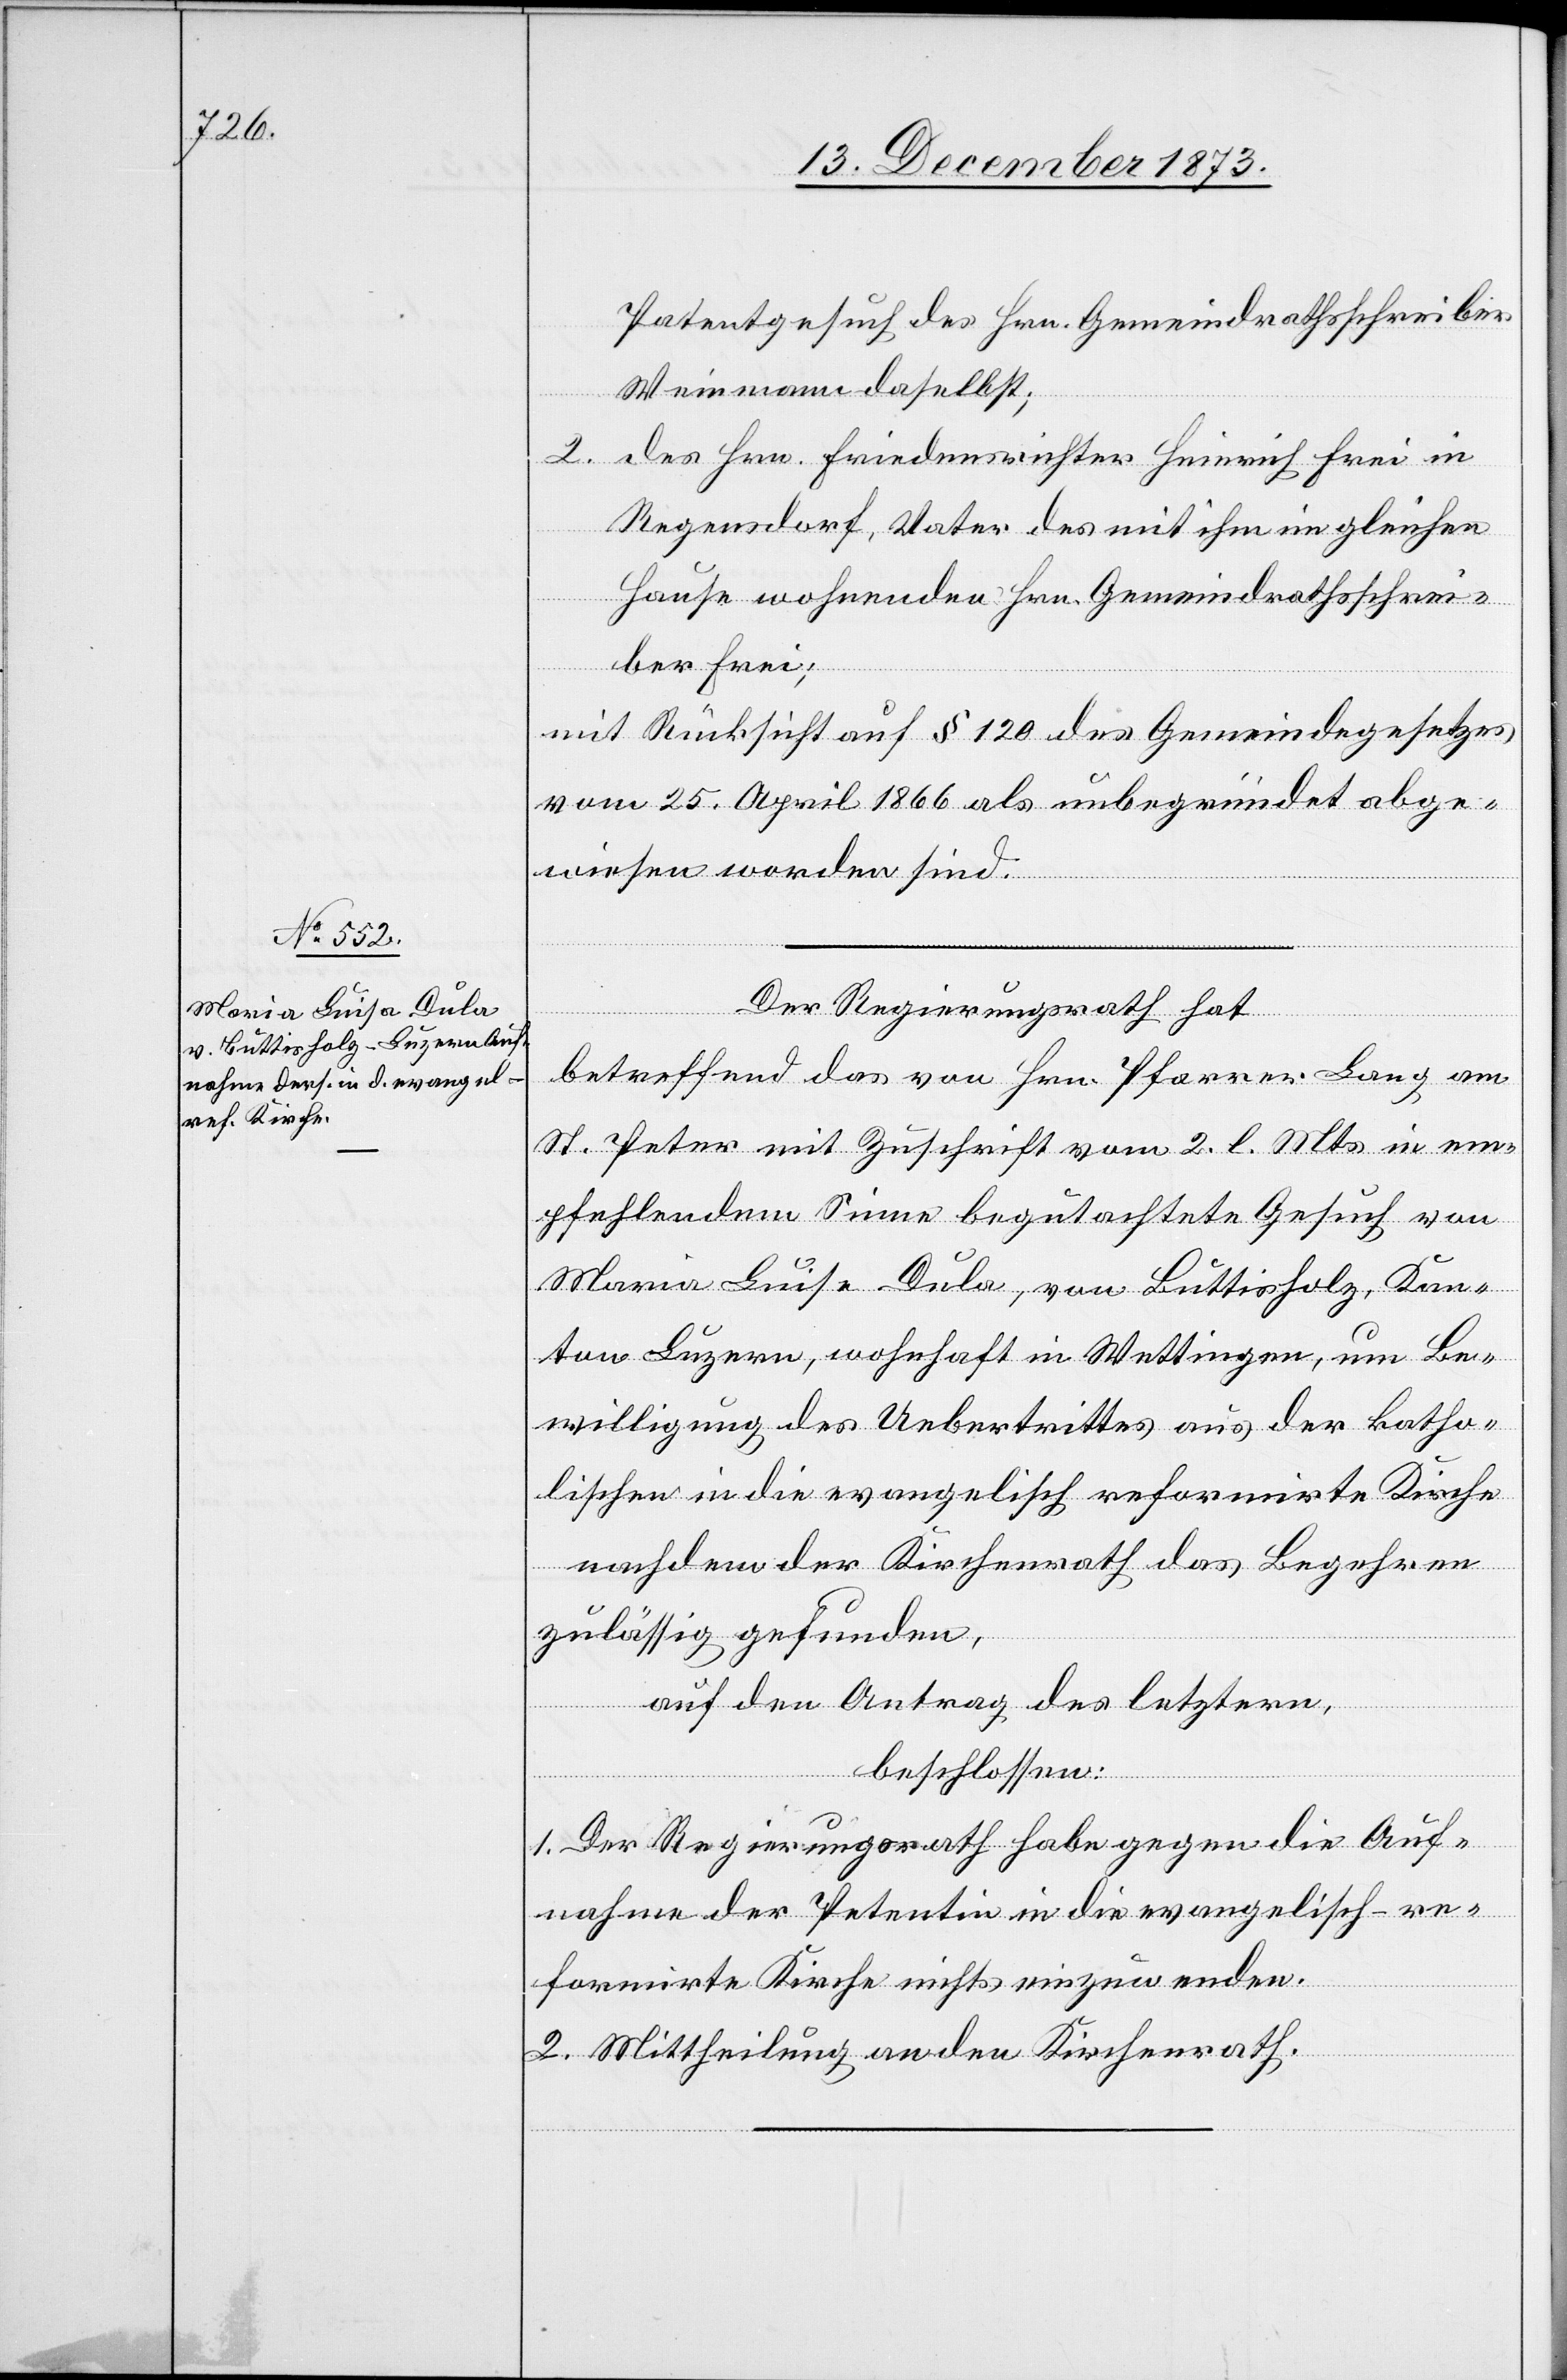
Patentgesuch des Hrn. Gemeindrathsschreiber
Weinmann daselbst;
2. Des Hrn. Friedensrichter Heinrich Frei in
Regensdorf, Vater des mit ihm im gleichen
Hause wohnenden Hrn. Gemeindrathsschrei¬
ber Frei;
mit Rücksicht auf § 120 des Gemeindegesetzes
vom 25. April 1866 als unbegründet abge¬
wiesen worden sind.
Der Regierungsrath hat
betreffend das von Hrn. Pfarrer Lang am
St. Peter mit Zuschrift vom 2. l. Mts. in em¬
pfehlendem Sinne begutachtete Gesuch von
Maria Luise [sic!] Dula, von Buttisholz, Kan¬
ton Luzern, wohnhaft in Wettingen, um Be¬
willigung des Uebertrittes aus der katho¬
lischen in die evangelisch reformirte Kirche
nachdem der Kirchenrath das Begehren
zulässig gefunden,
auf den Antrag des letztern,
beschlossen:
1. Der Regierungsrath habe gegen die Auf¬
nahme der Petentin in die evangelisch-re¬
formirte Kirche nichts einzuwenden.
2. Mittheilung an den Kirchenrath.